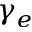
\gamma _ { e }